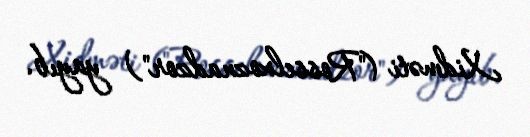
Xidməti ("Rosselxoznadzor") yayıb.